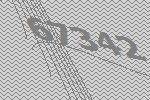
67342